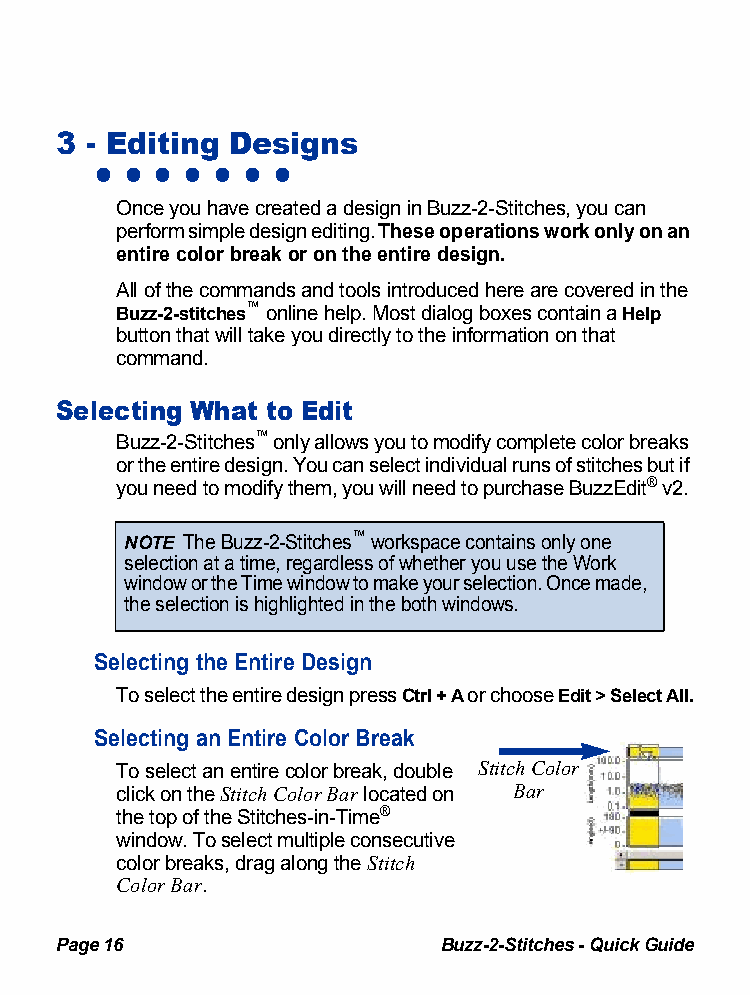
3 - Editing Designs
 • • • • • • •
 Once you have created a design in Buzz-2-Stitches, you can
 perform simple design editingT. hese operations work only on an
 entire color break or on the entire design.
 All of the commands and tools introduced here are covered in the
 Buzz-2-stitches™ online help. Most dialog boxes contain aH elp
 button that will take you directly to the information on that
 command.
 Selecting What to Edit
 Buzz-2-Stitches™ only allows you to modify complete color breaks
 or the entire design. You can select individual runs of stitches but if
 you need to modify them, you will need to purchase BuzzEd®i tv2.
 NOTE The Buzz-2-Stitches™ workspace contains only one
 selection at a time, regardless of whether you use the Work
 window or the Time window to make your selection. Once made,
 the selection is highlighted in the both windows.
 Selecting the Entire Design
 To select the entire design pressC trl + A or choose Edit > Select All.
 Selecting an Entire Color Break
 To select an entire color break, double Stitch Color
 click on the Stitch Color Bar located on Bar
 the top of the Stitches-in-Time®
 window. To select multiple consecutive
 color breaks, drag along the Stitch
 Color Bar.
 Page 16                  Buzz-2-Stitches - Quick Guide